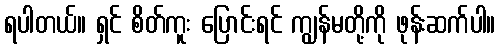
ရပါတယ်။ ရှင် စိတ်ကူး ပြောင်းရင် ကျွန်မတို့ကို ဖုန်းဆက်ပါ။